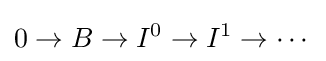
0\to B\to I^{0}\to I^{1}\to \cdots